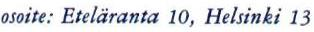
osoite: Eteläranta 10, Helsinki 13